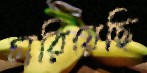
চারিয়েছি